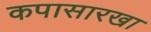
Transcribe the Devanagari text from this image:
कपासारखा